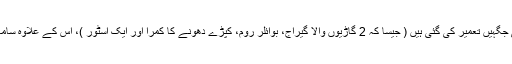
گھر کے مکینوں کی آسانی کے لیے اِس میں بہت سی جگہیں تعمیر کی گئی ہیں ( جیسا کہ 2 گاڑیوں والا گیراج، بوائلر روم، کپڑے دھونے کا کمرا اور ایک اسٹور )، اِس کے علاوہ سامان رکھنے کے لیے بھی بہت سی جگہ بنائی گئی ہے۔